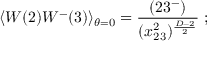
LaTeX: \langle W ( 2 ) W ^ { - } ( 3 ) \rangle _ { \theta = 0 } = \frac { ( 2 3 ^ { - } ) } { ( x _ { 2 3 } ^ { 2 } ) ^ { \frac { D - 2 } { 2 } } } \; ; \nonumber